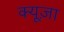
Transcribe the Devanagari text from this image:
क्यूज़ा